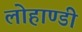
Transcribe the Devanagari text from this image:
लोहाण्डी